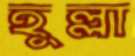
হুল্লা